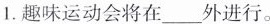
1.趣味运动会将在___外进行。